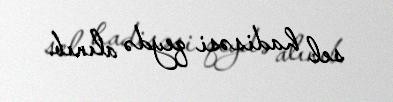
sel hadisəsi qeydə alınıb.